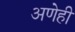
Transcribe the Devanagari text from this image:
अणेही